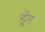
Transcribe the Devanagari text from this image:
ड्रेग